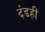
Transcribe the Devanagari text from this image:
दंडही